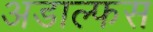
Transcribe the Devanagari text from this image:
अडाल्फस